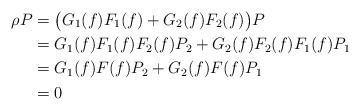
\begin{align*} \rho P &= \bigl(G_1(f)F_1(f)+G_2(f)F_2(f)\bigr)P \\ &= G_1(f)F_1(f)F_2(f)P_2 + G_2(f)F_2(f)F_1(f)P_1\\ &= G_1(f)F(f)P_2 + G_2(f)F(f)P_1 \quad\\ &= 0\quad\end{align*}